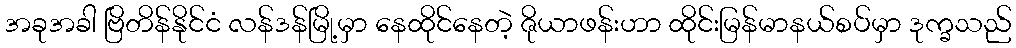
အခုအခါ ဗြိတိန်နိုင်ငံ လန်ဒန်မြို့မှာ နေထိုင်နေတဲ့ ဇိုယာဖန်းဟာ ထိုင်းမြန်မာနယ်စပ်မှာ ဒုက္ခသည်